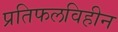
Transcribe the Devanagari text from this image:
प्रतिफलविहीन